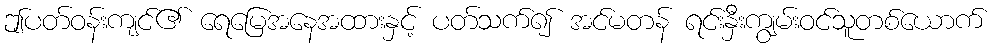
ဤပတ်ဝန်းကျင်၏ ရေမြေအနေအထားနှင့် ပတ်သက်၍ အင်မတန် ရင်းနှီးကျွမ်းဝင်သူတစ်ယောက်